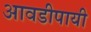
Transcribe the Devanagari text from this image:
आवडीपायी